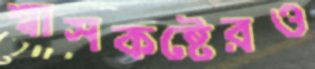
শ্বাসকষ্টেরও